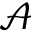
\mathcal { A }